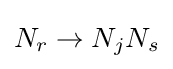
N_{r}\rightarrow N_{j}N_{s}